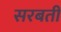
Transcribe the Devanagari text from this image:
सरबती